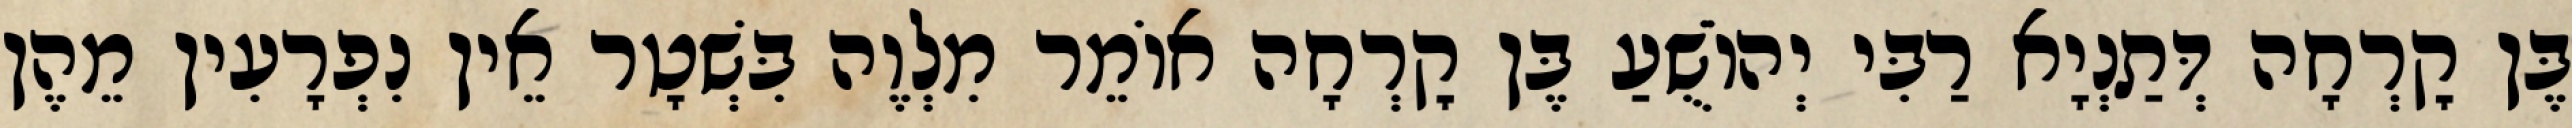
בֶּן קׇרְחָה דְּתַנְיָא רַבִּי יְהוֹשֻׁעַ בֶּן קׇרְחָה אוֹמֵר מִלְוֶה בִּשְׁטָר אֵין נִפְרָעִין מֵהֶן